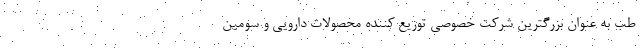
طب به عنوان بزرگترین شرکت خصوصی توزیع کننده محصولات دارویی و سومین